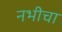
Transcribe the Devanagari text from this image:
नभीचा